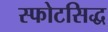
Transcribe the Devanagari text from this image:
स्फोटसिद्ध